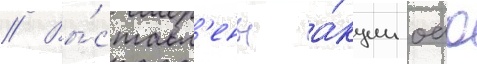
// Вы́ставл'ены а́кции оао